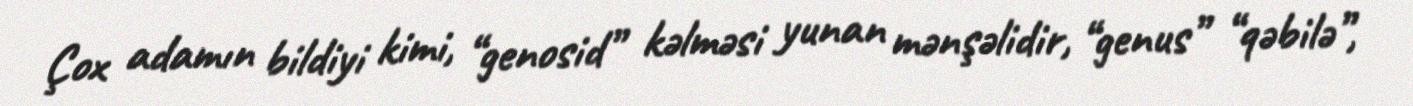
Çox adamın bildiyi kimi, “genosid” kəlməsi yunan mənşəlidir, “genus” “qəbilə”,